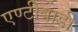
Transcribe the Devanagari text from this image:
एण्टीबाडी